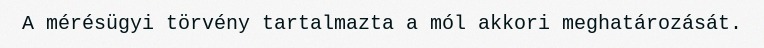
A mérésügyi törvény tartalmazta a mól akkori meghatározását.